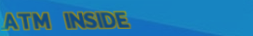
ATM INSIDE